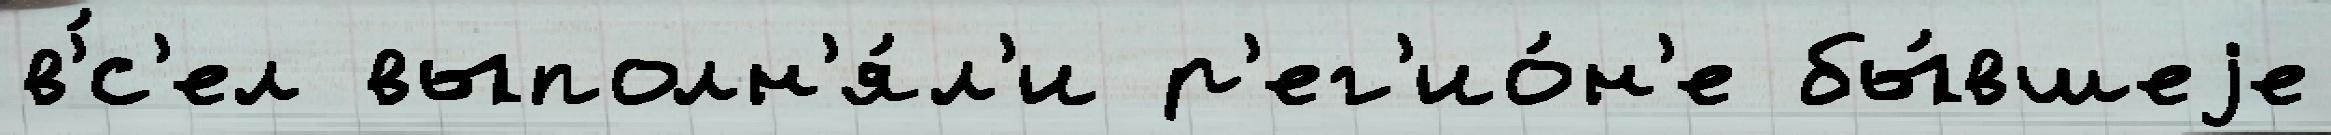
в'́с'ел выполн'я́л'и р'ег'ио́н'е бы́вшеjе